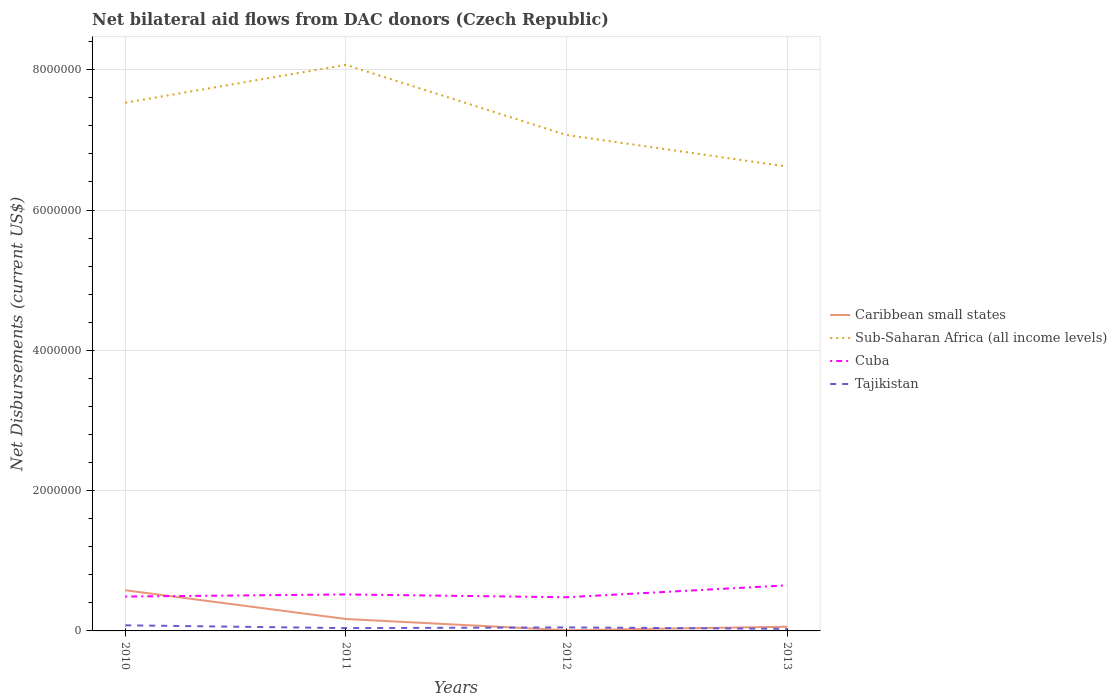
| Years | Caribbean small states | Sub-Saharan Africa (all income levels) | Cuba | Tajikistan |
 | --- | --- | --- | --- | --- |
 | 2010 | 5.8e+05 | 7.53e+06 | 4.9e+05 | 8e+04 |
 | 2011 | 1.7e+05 | 8.07e+06 | 5.2e+05 | 4e+04 |
 | 2012 | 1e+04 | 7.07e+06 | 4.8e+05 | 5e+04 |
 | 2013 | 6e+04 | 6.62e+06 | 6.5e+05 | 3e+04 |